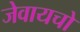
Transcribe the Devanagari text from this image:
जेवायचो